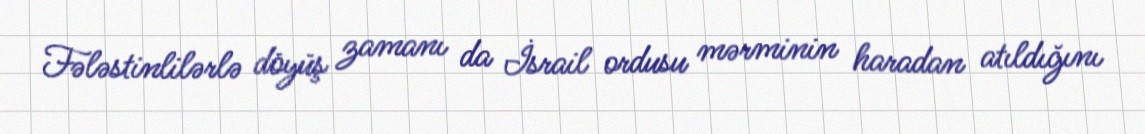
Fələstinlilərlə döyüş zamanı da İsrail ordusu mərminin haradan atıldığını